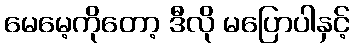
မေမေ့ကိုတော့ ဒီလို မပြောပါနှင့်